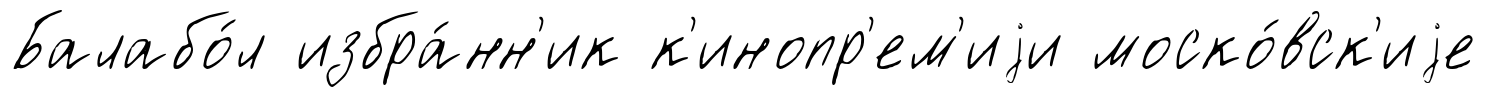
Балабо́л избра́нн'ик к'инопр'ем'иjи моско́вск'иjе